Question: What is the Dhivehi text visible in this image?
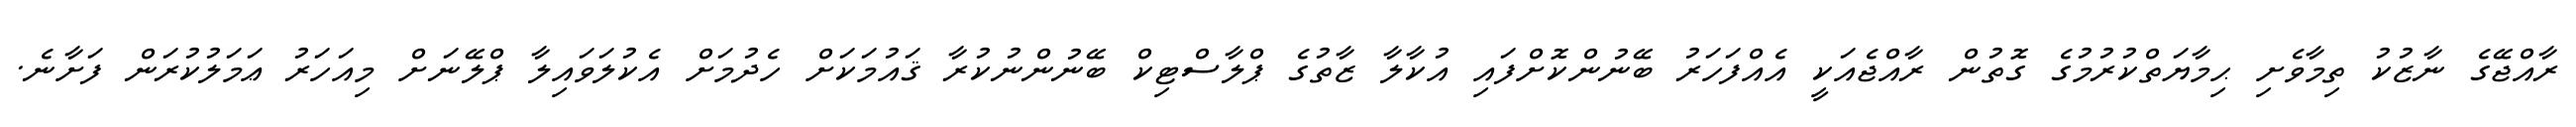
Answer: ރާއްޖޭގެ ނާޒުކު ތިމާވެށި ޙިމާޔަތްކުރުމުގެ ގޮތުން ރާއްޖެއަކީ އެއްފަހަރު ބޭނުންކޮށްފައި އުކާލާ ޒާތުގެ ޕްލާސްޓިކް ބޭނުންނުކުރާ ޤައުމަކަށް ހެދުމަށް އެކުލަވައިލާ ޕްލޭނަށް މިއަހަރު ޢަމަލުކުރަން ފަށާނެ.